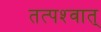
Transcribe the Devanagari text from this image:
तत्‍पश्‍वात्